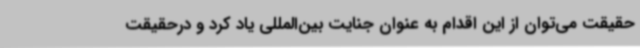
حقیقت می‌توان از این اقدام به عنوان جنایت بین‌المللی یاد کرد و درحقیقت